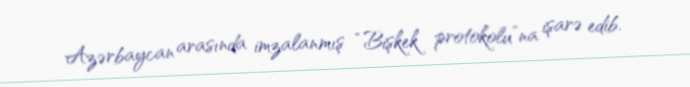
Azərbaycan arasında imzalanmış “Bişkek protokolu”na işarə edib.